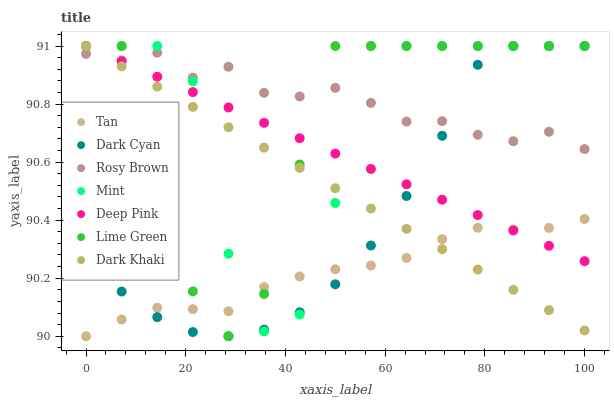
| xaxis_label | Tan | Dark Cyan | Rosy Brown | Mint | Deep Pink | Lime Green | Dark Khaki |
 | --- | --- | --- | --- | --- | --- | --- | --- |
 | 0 | 90 | 90.3 | 91 | 91 | 91 | 91 | 91 |
 | 7.14 | 90.1 | 90.2 | 91 | 91 | 90.9 | 91 | 90.9 |
 | 14.3 | 90.1 | 90.1 | 91 | 91 | 90.9 | 90.6 | 90.9 |
 | 21.4 | 90.1 | 90 | 90.9 | 90.9 | 90.8 | 90.2 | 90.8 |
 | 28.6 | 90.1 | 90 | 90.9 | 90.3 | 90.8 | 90 | 90.7 |
 | 35.7 | 90.2 | 90 | 90.8 | 90 | 90.7 | 90.1 | 90.7 |
 | 42.9 | 90.2 | 90.1 | 90.8 | 90.1 | 90.7 | 90.6 | 90.6 |
 | 50 | 90.2 | 90.2 | 90.9 | 90.5 | 90.6 | 91 | 90.5 |
 | 57.1 | 90.2 | 90.3 | 90.8 | 91 | 90.6 | 91 | 90.4 |
 | 64.3 | 90.3 | 90.5 | 90.7 | 91 | 90.5 | 91 | 90.4 |
 | 71.4 | 90.3 | 90.7 | 90.7 | 91 | 90.5 | 91 | 90.3 |
 | 78.6 | 90.4 | 90.9 | 90.7 | 91 | 90.4 | 91 | 90.2 |
 | 85.7 | 90.4 | 91 | 90.7 | 91 | 90.4 | 91 | 90.2 |
 | 92.9 | 90.4 | 91 | 90.7 | 91 | 90.3 | 91 | 90.1 |
 | 100 | 90.4 | 91 | 90.6 | 91 | 90.3 | 91 | 90 |